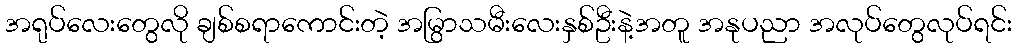
အရုပ်လေးတွေလို ချစ်စရာကောင်းတဲ့ အမြွာသမီးလေးနှစ်ဦးနဲ့အတူ အနုပညာ အလုပ်တွေလုပ်ရင်း